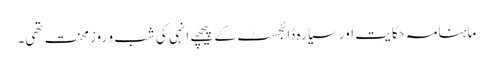
ماہنامہ حکایت اور سیارہ ڈائجسٹ کے پیچھے انہی کی شب و روز محنت تھی۔